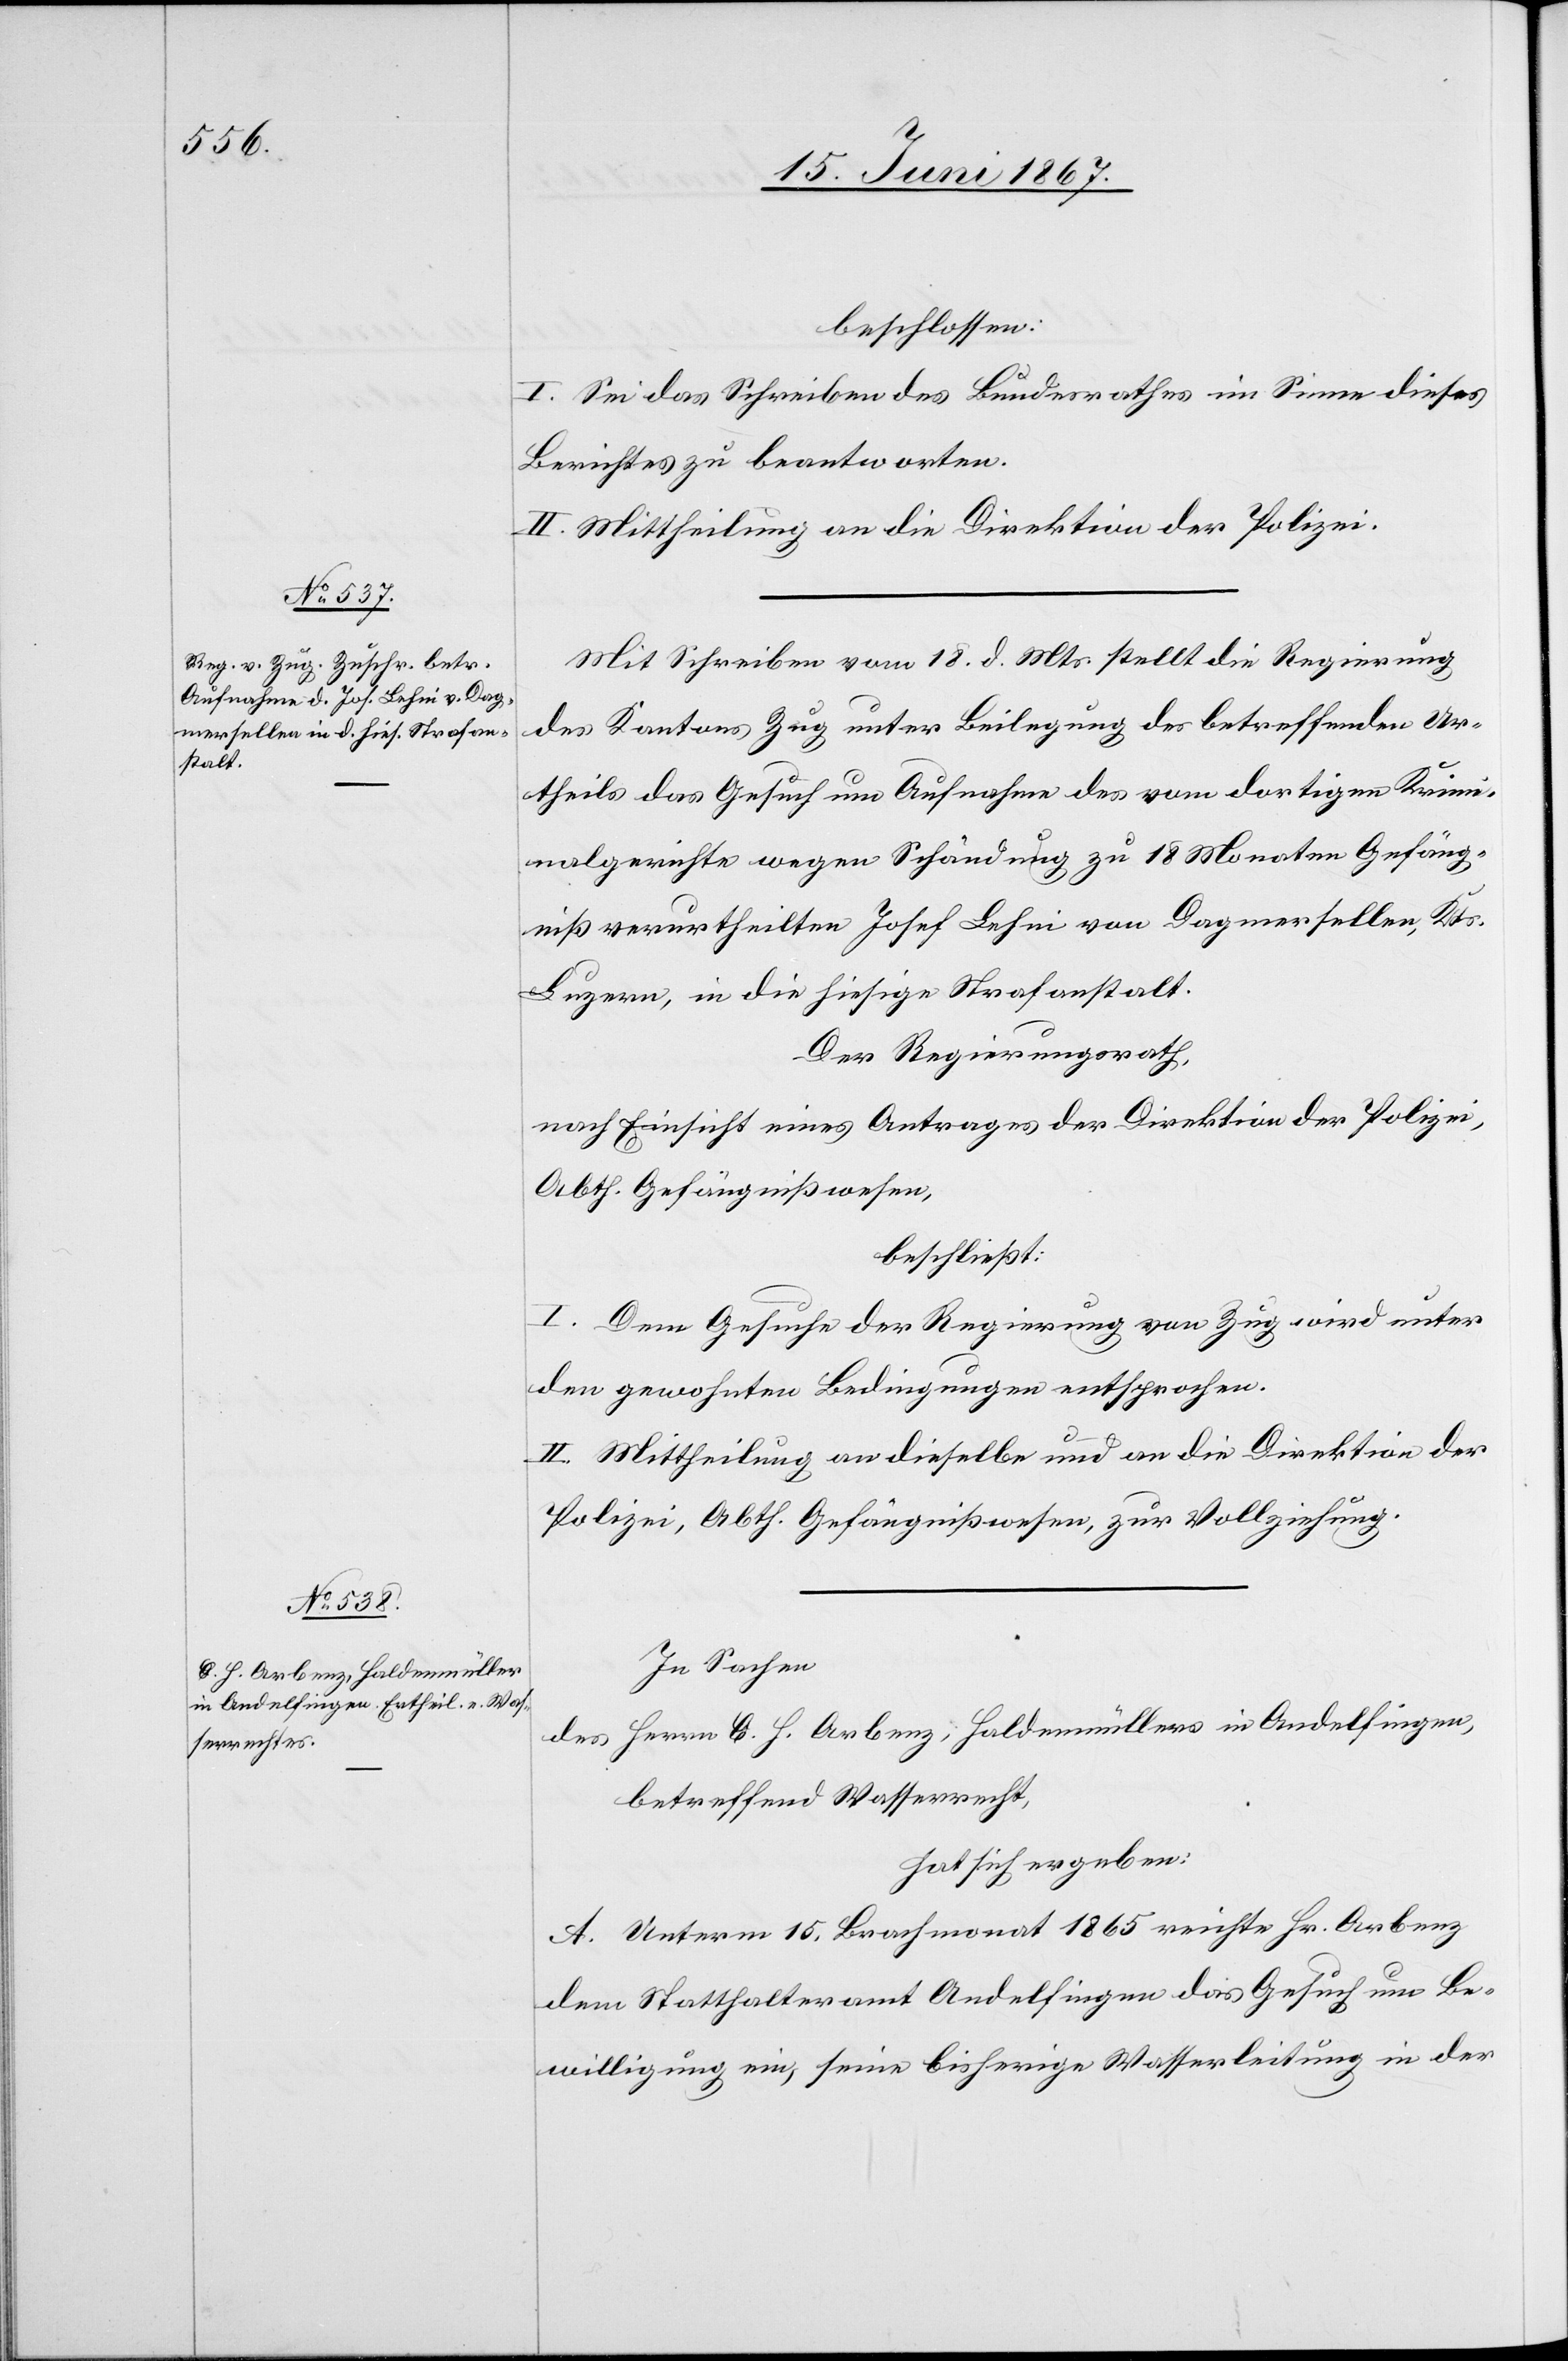
beschlossen:
I. Sei das Schreiben des Bundesrathes im Sinne dieses
Berichtes zu beantworten.
II. Mittheilung an die Direktion der Polizei.
Mit Schreiben vom 18. d. Mts. stellt die Regierung
des Kantons Zug unter Beilegung des betreffenden Ur¬
theils das Gesuch um Aufnahme des vom dortigen Krimi¬
nalgerichte wegen Schändung zu 18 Monaten Gefäng¬
niß verurtheilten Josef Lehni von Dagmersellen, Kts.
Luzern, in die hiesige Strafanstalt.
Der Regierungsrath,
nach Einsicht eines Antrages der Direktion der Polizei,
Abth. Gefängnißwesen.
beschließt:
I. Dem Gesuche der Regierung von Zug wird unter
den gewohnten Bedingungen entsprochen.
II. Mittheilung an dieselbe und an die Direktion der
In Sachen
des Herrn O. H. Arbenz, Haldenmüller in Andelfingen,
betreffend Wasserrecht,
hat sich ergeben:
A. Unterm 15. Brachmonat 1865 reichte Hr. Arbenz
dem Statthalteramt Andelfingen das Gesuch um Be¬
willigung ein, seine bisherige Wasserleitung in der